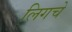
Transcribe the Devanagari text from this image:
लिगचे